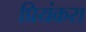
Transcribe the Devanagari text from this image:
प्रियंकरा